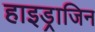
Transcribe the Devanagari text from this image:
हाइड्राजिन